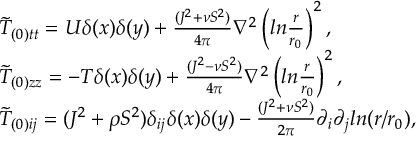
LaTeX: \begin{array} { l l } { { \tilde { T } _ { ( 0 ) t t } = U \delta ( x ) \delta ( y ) + \frac { ( J ^ { 2 } + \nu S ^ { 2 } ) } { 4 \pi } \nabla ^ { 2 } \left( l n \frac { r } { r _ { 0 } } \right) ^ { 2 } , } } \\ { { \tilde { T } _ { ( 0 ) z z } = - T \delta ( x ) \delta ( y ) + \frac { ( J ^ { 2 } - \nu S ^ { 2 } ) } { 4 \pi } \nabla ^ { 2 } \left( l n \frac { r } { r _ { 0 } } \right) ^ { 2 } , } } \\ { { \tilde { T } _ { ( 0 ) i j } = ( J ^ { 2 } + \rho S ^ { 2 } ) \delta _ { i j } \delta ( x ) \delta ( y ) - \frac { ( J ^ { 2 } + \nu S ^ { 2 } ) } { 2 \pi } \partial _ { i } \partial _ { j } l n ( r / r _ { 0 } ) , } } \end{array}